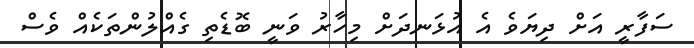
ސަފާރީ އަށް ދިޔަވެ އެ އުޅަނދަށް މިހާރު ވަނީ ބޮޑެތި ގެއްލުންތަކެއް ވެސް